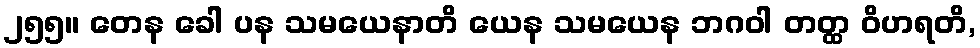
၂၅၅။ တေန ခေါ ပန သမယေနာတိ ယေန သမယေန ဘဂဝါ တတ္ထ ဝိဟရတိ,